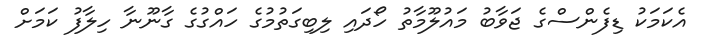
އެކަމަކު ޑިފެންސްގެ ޖަވާބު މައުލޫމާތު ހޯދައި ލިބިގަތުމުގެ ހައްގުގެ ގާނޫނާ ހިލާފު ކަމަށް